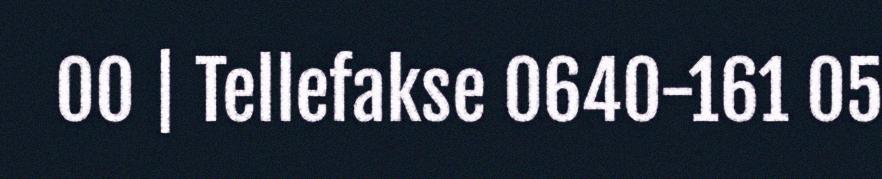
00 | Tellefakse 0640-161 05